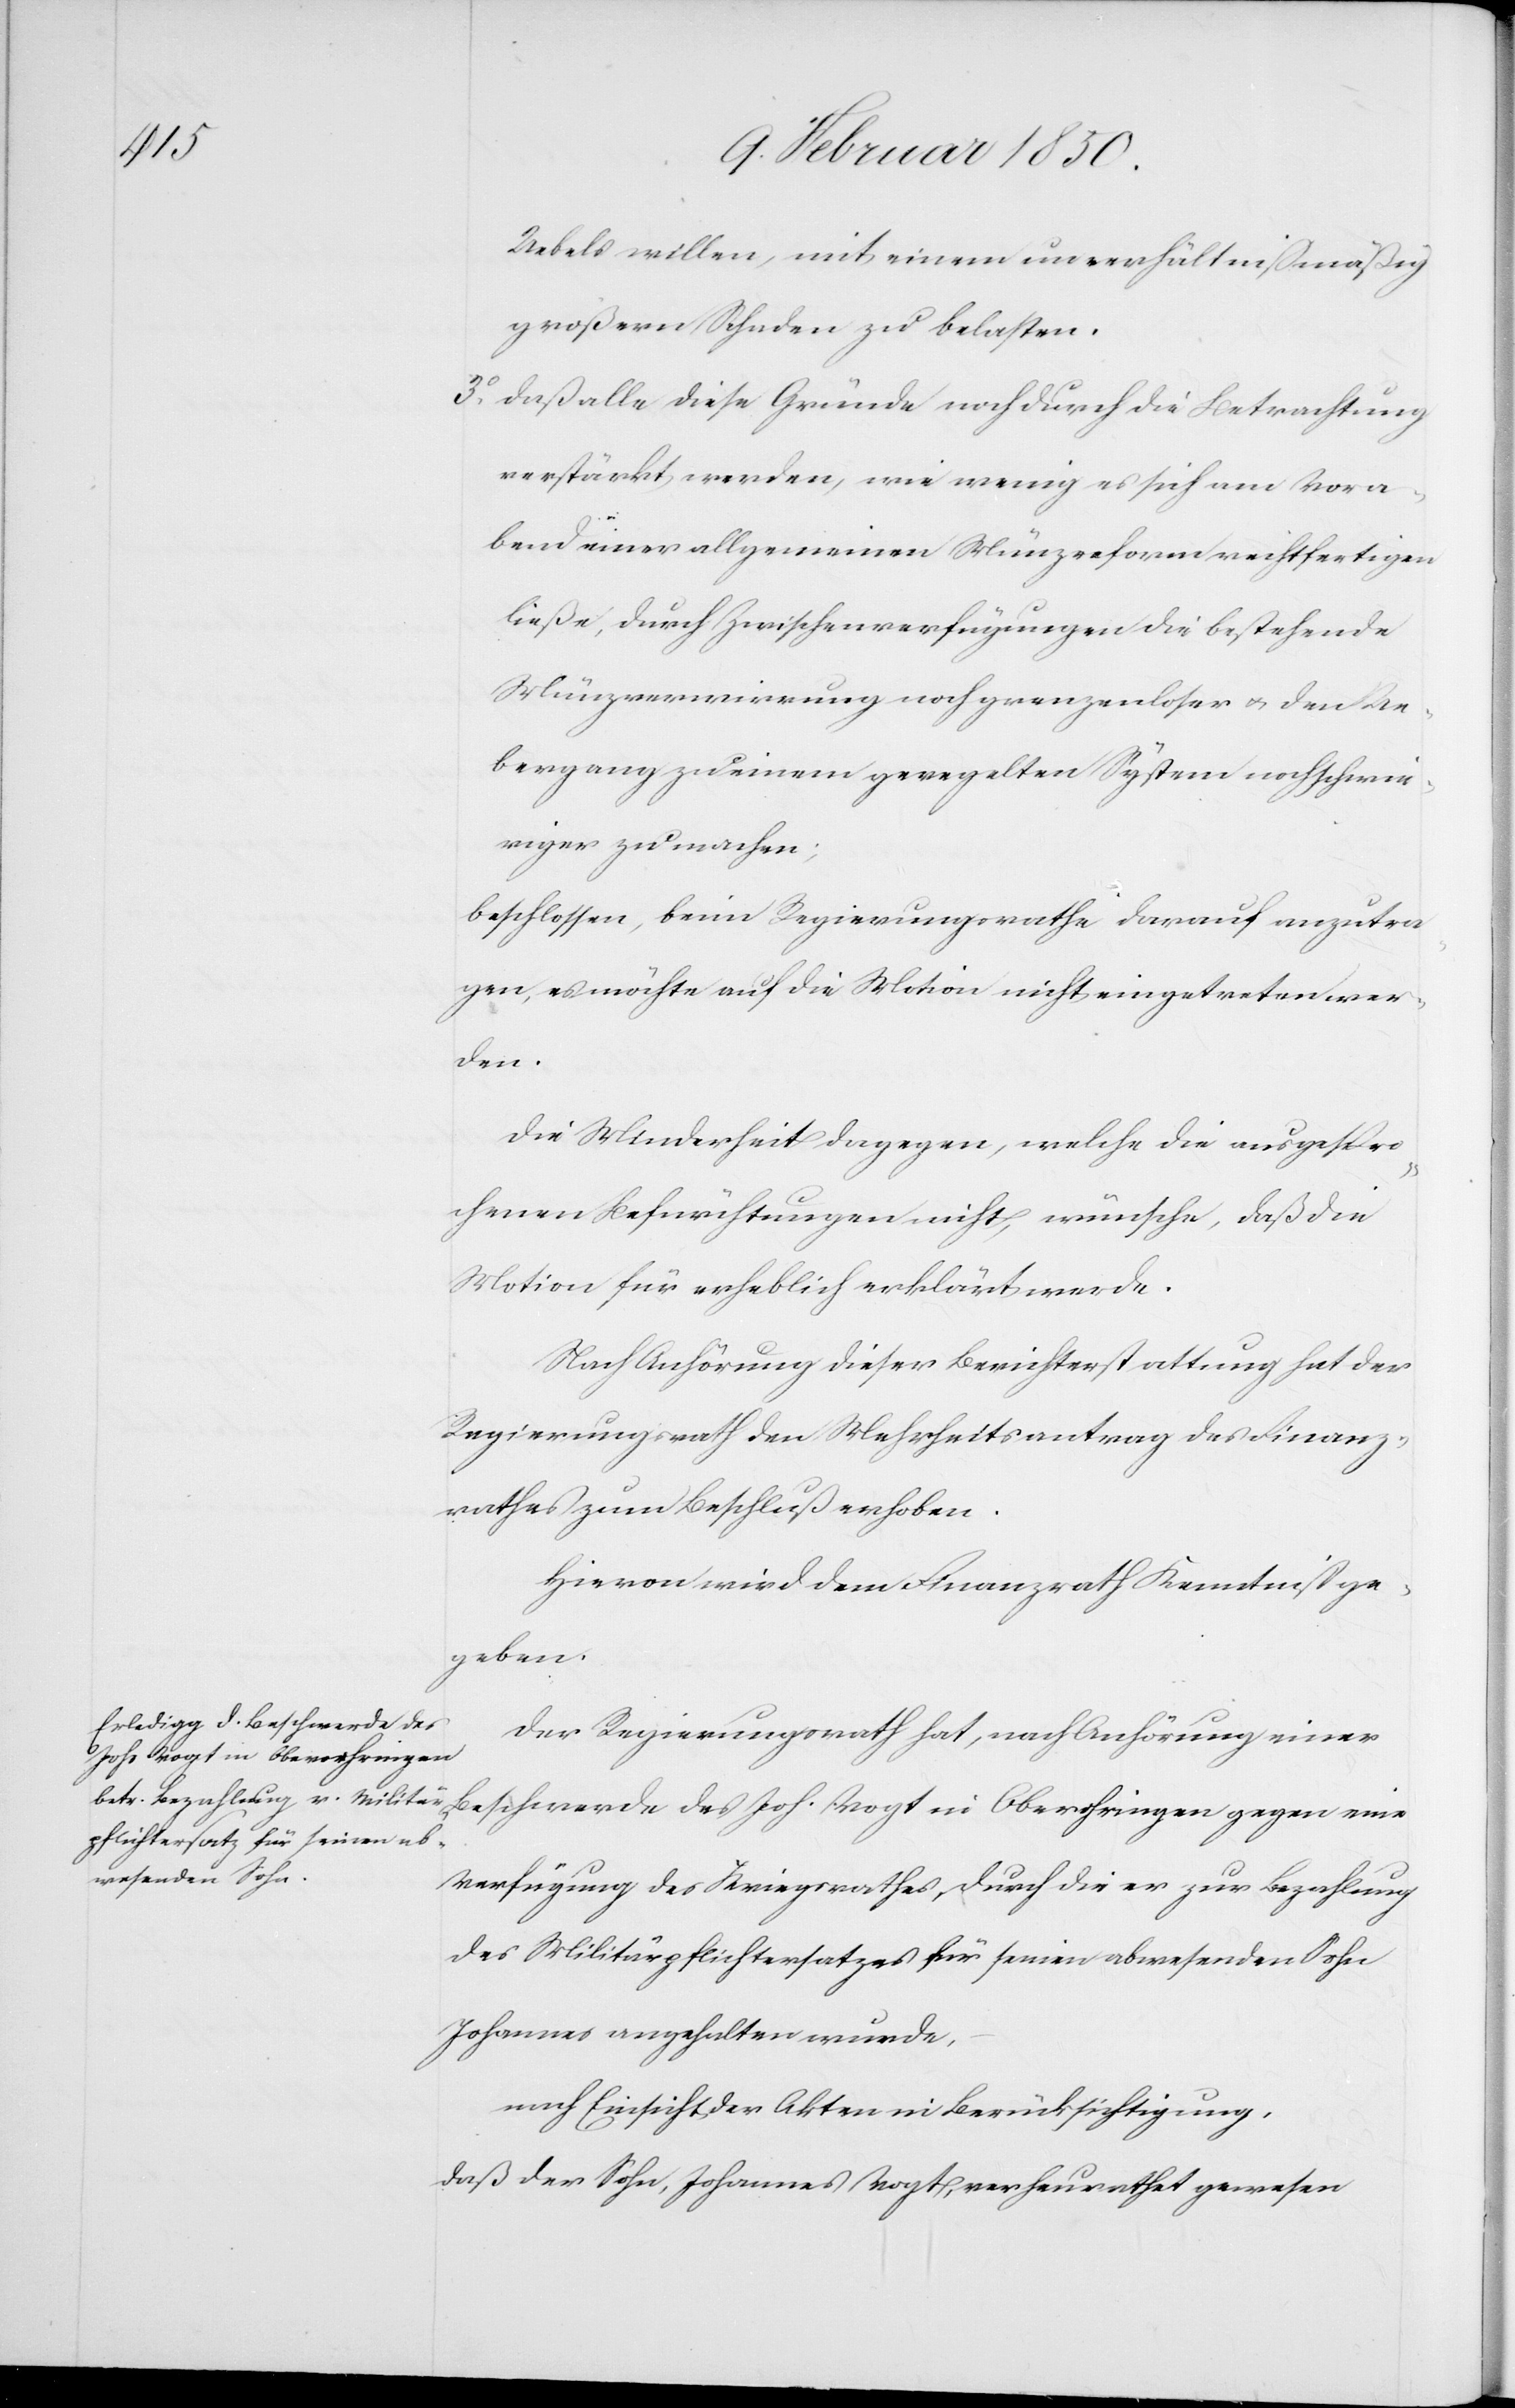
eine

Uebels willen, mit einem unverhältnißmäßig
großen Schaden zu belasten.
3o. Daß alle diese Gründe noch durch die Betrachtung
verstärkt werden, wie wenig es sich am Vora¬
bend einer allgemeinen Münzreform rechtfertigen
ließe, durch Zwischenverfügungen die bestehende
Münzverwirrung noch grenzenloser u. den Ue¬
bergang zu einem geregelten System noch schwie¬
riger zu machen;
beschlossen, beim Regierungsrathe darauf anzutra¬
gen, es möchte auf die Motion nicht eingetreten wer¬
den.
Die Minderheit dagegen, welche die ausgespro¬
chenen Befürchtungen nicht [theilt], wünsche, daß die
Motion für erheblich erklärt werde.
Nach Anhörung dieser Berichterstattung hat der
Regierungsrath den Mehrheitsantrag des Finanz¬
rathes zum Beschluß erhoben.
Hievon wird dem Finanzrath Kenntniß ge¬
gegen
Der Regierungsrath hat, nach Anhörung einer
Joh. Vogt in Oberohringen
Verfügung der Kriegsrathes, durch die er zur Bezahlung
des Militärpflichtersatzes für seinen abwesenden Sohn
Johannes angehalten wurde,
nach Einsicht der Akten in Berücksichtigung,
daß der Sohn, Johannes Vogt, verheurathet gewesen